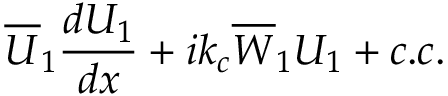
\overline { { U } } _ { 1 } \frac { d U _ { 1 } } { d x } + i k _ { c } \overline { { W } } _ { 1 } U _ { 1 } + c . c .